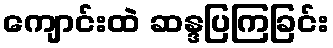
ကျောင်းထဲ ဆန္ဒပြကြခြင်း